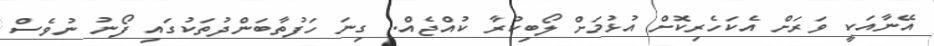
އޭނާއަކީ ވަރަށް އެކަހެރިކޮށް އުޅުމަށް ލޯބިކުރާ ކުއްޖެއް. ގިނަ ހަފުތާބަންދުތަކުގައި ފޯނު ނުވެސް